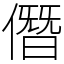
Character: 僭